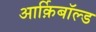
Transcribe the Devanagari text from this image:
आर्क़िबाॅल्ड